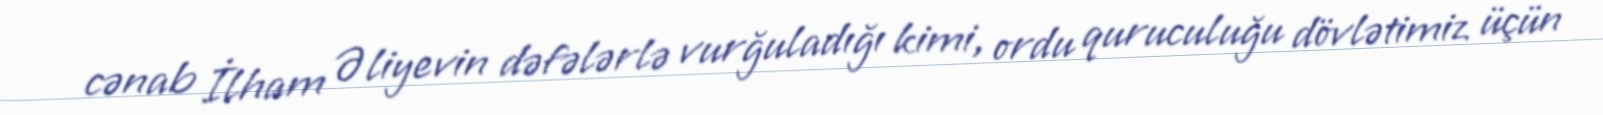
cənab İlham Əliyevin dəfələrlə vurğuladığı kimi, ordu quruculuğu dövlətimiz üçün